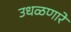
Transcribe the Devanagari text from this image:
उधळणारे